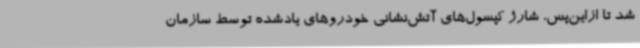
شد تا ازاین‌پس، شارژ کپسول‌های آتش‌نشانی خودروهای یادشده توسط سازمان